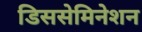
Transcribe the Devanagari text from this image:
डिससेमिनेशन